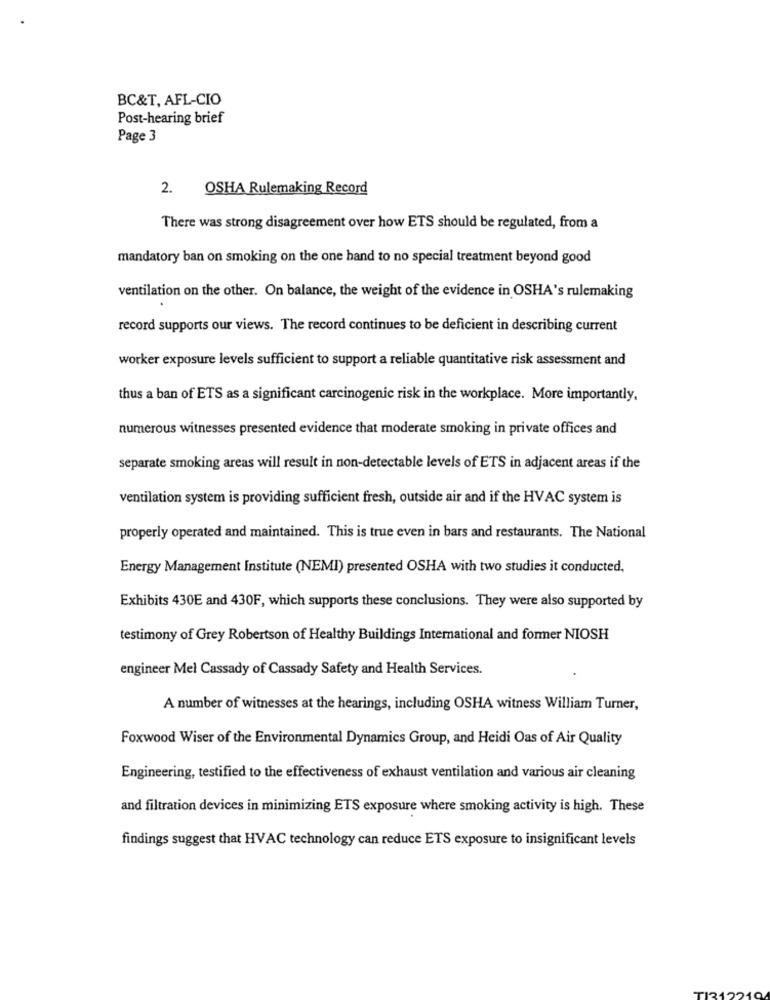
BC&T, AFL-CIO
Post-hearing brief
Page 3
2.
OSHA Rulemaking Record
There was strong disagreement over how ETS should be regulated, from a
mandatory ban on smoking on the one hand to no special treatment beyond good
ventilation on the other. On balance, the weight of the evidence in OSHA's rulemaking
record supports our views. The record continues to be deficient in describing current
worker exposure levels sufficient to support a reliable quantitative risk assessment and
thus a ban of ETS as a significant carcinogenic risk in the workplace. More importantly,
numerous witnesses presented evidence that moderate smoking in private offices and
separate smoking areas will result in non-detectable levels of ETS in adjacent areas if the
ventilation system is providing sufficient fresh, outside air and if the HVAC system is
properly operated and maintained. This is true even in bars and restaurants. The National
Energy Management Institute (NEMI) presented OSHA with two studies it conducted,
Exhibits 430E and 430F, which supports these conclusions. They were also supported by
testimony of Grey Robertson of Healthy Buildings International and former NIOSH
engineer Mel Cassady of Cassady Safety and Health Services.
A number of witnesses at the hearings, including OSHA witness William Turner,
Foxwood Wiser of the Environmental Dynamics Group, and Heidi Oas of Air Quality
Engineering, testified to the effectiveness of exhaust ventilation and various air cleaning
and filtration devices in minimizing ETS exposure where smoking activity is high. These
findings suggest that HVAC technology can reduce ETS exposure to insignificant levels